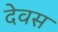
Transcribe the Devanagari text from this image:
देवस